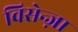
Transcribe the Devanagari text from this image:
विसेन्ज़ा